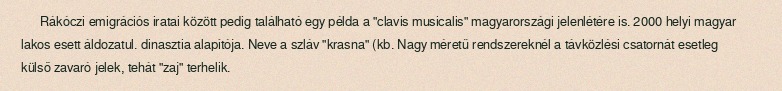
Rákóczi emigrációs iratai között pedig található egy példa a "clavis musicalis" magyarországi jelenlétére is. 2000 helyi magyar lakos esett áldozatul. dinasztia alapítója. Neve a szláv "krasna" (kb. Nagy méretű rendszereknél a távközlési csatornát esetleg külső zavaró jelek, tehát "zaj" terhelik.